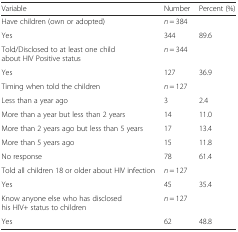
| Variable | Number | Percent (%) |
 | --- | --- | --- |
 | Have children (own or adopted) | n = 384 |  |
 | Yes | 344 | 89.6 |
 | Told/Disclosed to at least one child about HIV Positive status | n = 344 |  |
 | Yes | 127 | 36.9 |
 | Timing when told the children | n = 127 |  |
 | Less than a year ago | 3 | 2.4 |
 | More than a year but less than 2 years | 14 | 11.0 |
 | More than 2 years ago but less than 5 years | 17 | 13.4 |
 | More than 5 years ago | 15 | 11.8 |
 | No response | 78 | 61.4 |
 | Told all children 18 or older about HIV infection | n = 127 |  |
 | Yes | 45 | 35.4 |
 | Know anyone else who has disclosed his HIV+ status to children | n = 127 |  |
 | Yes | 62 | 48.8 |